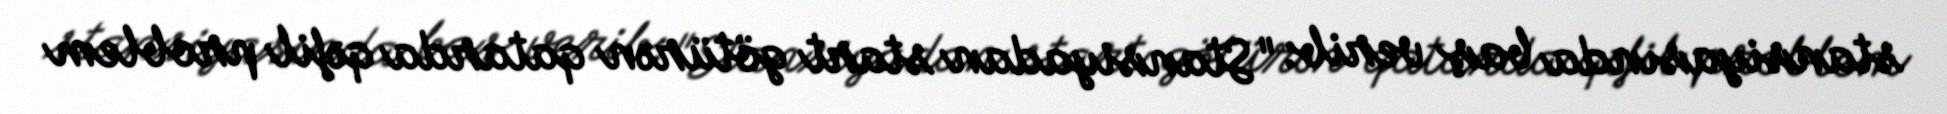
stansiyasında baş verib: "Stansiyadan start götürən qatarda qəfil problem